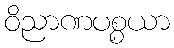
ဝိညာဏပစ္စယာ